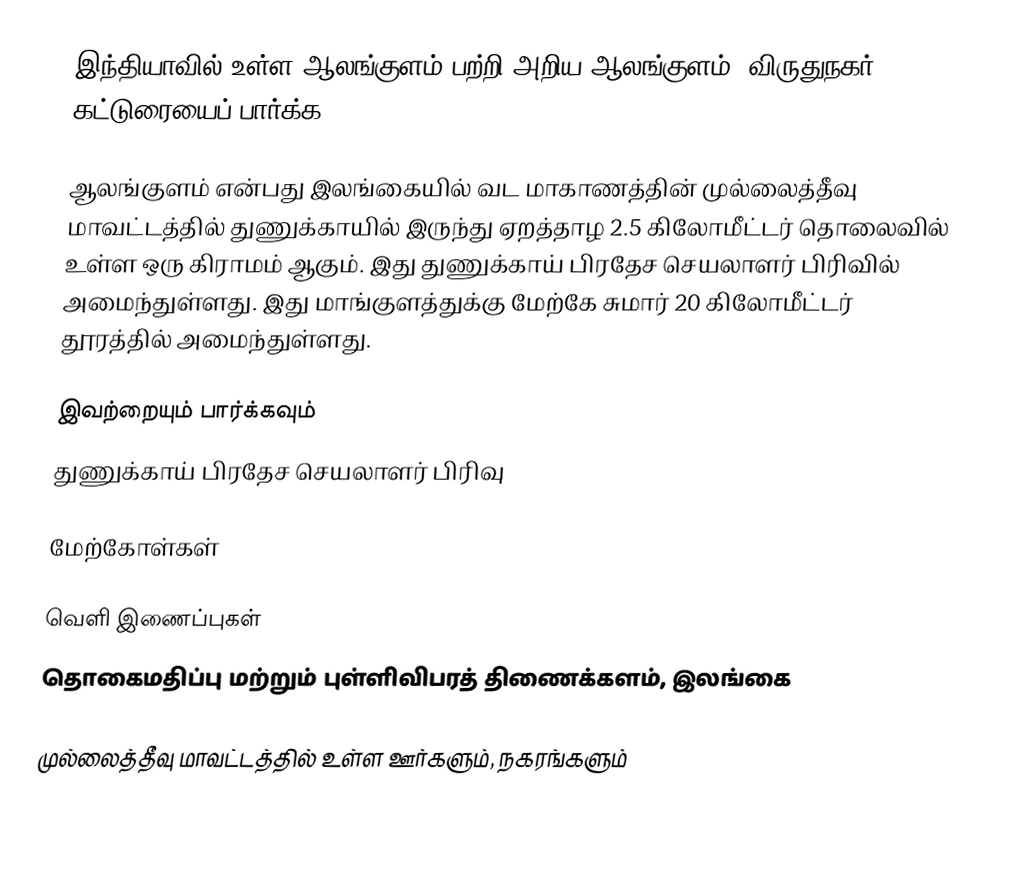
இந்தியாவில் உள்ள ஆலங்குளம் பற்றி அறிய ஆலங்குளம் (விருதுநகர்) கட்டுரையைப் பார்க்க.

ஆலங்குளம் என்பது இலங்கையில் வட மாகாணத்தின்  முல்லைத்தீவு மாவட்டத்தில் துணுக்காயில் இருந்து ஏறத்தாழ 2.5 கிலோமீட்டர் தொலைவில் உள்ள ஒரு கிராமம் ஆகும். இது துணுக்காய் பிரதேச செயலாளர் பிரிவில்  அமைந்துள்ளது. இது மாங்குளத்துக்கு மேற்கே சுமார் 20 கிலோமீட்டர் தூரத்தில் அமைந்துள்ளது.

இவற்றையும் பார்க்கவும்
 துணுக்காய் பிரதேச செயலாளர் பிரிவு

மேற்கோள்கள்

வெளி இணைப்புகள்
தொகைமதிப்பு மற்றும் புள்ளிவிபரத் திணைக்களம், இலங்கை

முல்லைத்தீவு மாவட்டத்தில் உள்ள ஊர்களும், நகரங்களும்